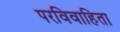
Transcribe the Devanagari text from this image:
परविवाहिता